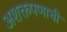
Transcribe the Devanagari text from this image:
अशक्तपणाची